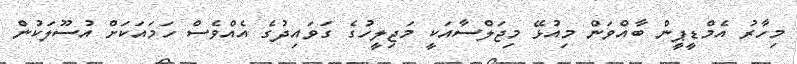
މިހާރު އެމްޑީޕީން ބާއްވަން މިއުޅޭ މިޖަލްސާއަކީ މަޖިލީހުގެ ގަވައިދުގެ އެއްވެސް ހަމައަކަށް އުސޫލަކުން